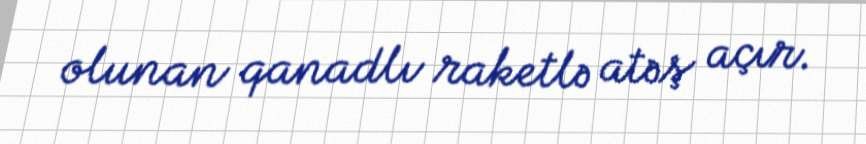
olunan qanadlı raketlə atəş açır.